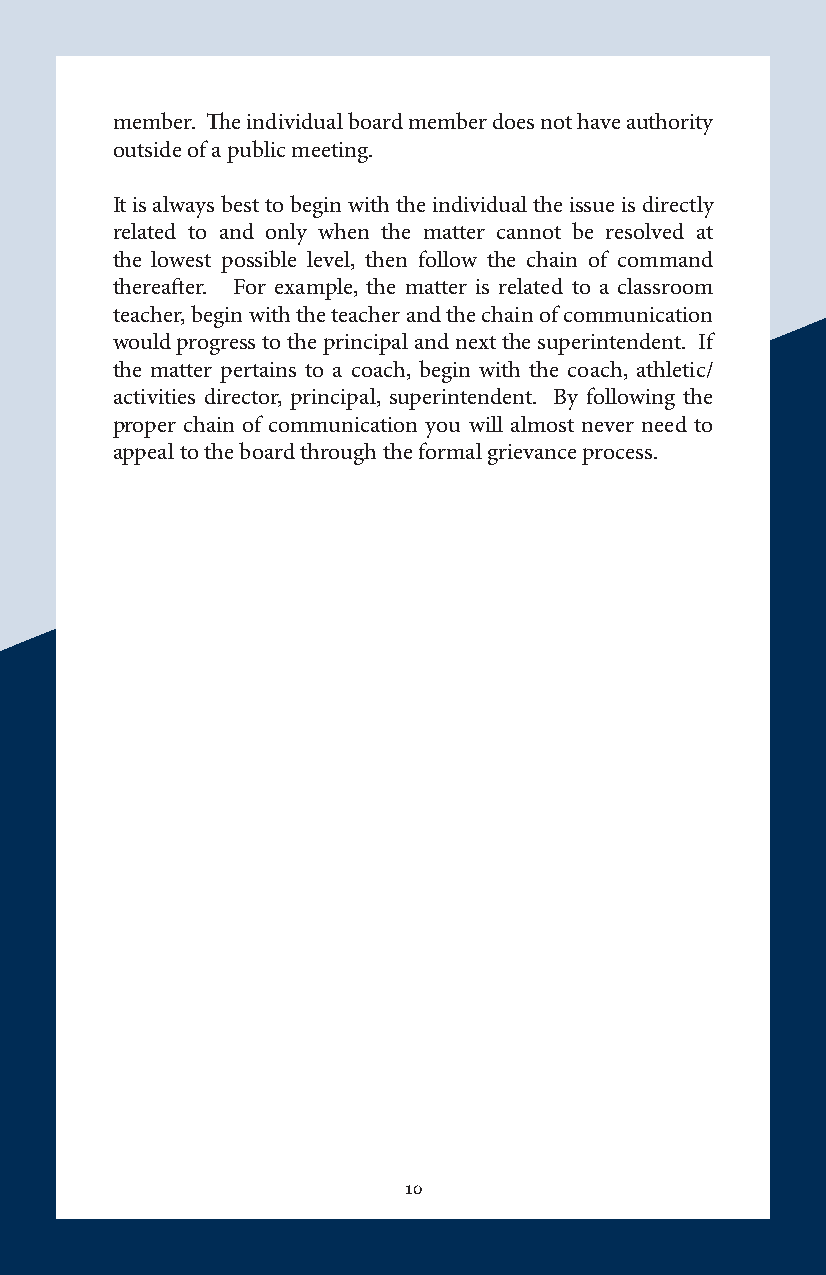
member. The individual board member does not have authority
 outside of a public meeting.
 It is always best to begin with the individual the issue is directly
 related to and only when the matter cannot be resolved at
 the lowest possible level, then follow the chain of command
 thereafter. For example, the matter is related to a classroom
 teacher, begin with the teacher and the chain of communication
 would progress to the principal and next the superintendent. If
 the matter pertains to a coach, begin with the coach, athletic/
 activities director, principal, superintendent. By following the
 proper chain of communication you will almost never need to
 appeal to the board through the formal grievance process.
 10